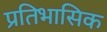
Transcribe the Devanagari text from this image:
प्रतिभासिक